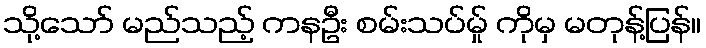
သို့သော် မည်သည့် ကနဦး စမ်းသပ်မ်ှု ကိုမှ မတုန့်ပြန်။